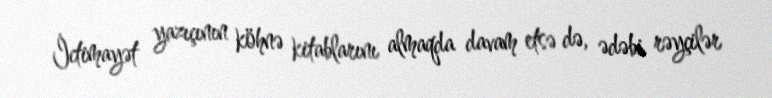
İctimayət yazıçının köhnə kitablarını almaqda davam etsə də, ədəbi rəyçilər